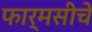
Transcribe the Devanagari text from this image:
फार्मसीचे